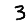
Digit: 3